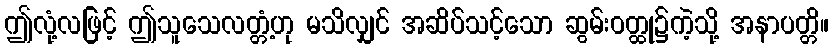
ဤလုံ့လဖြင့် ဤသူသေလတ္တံ့ဟု မသိလျှင် အဆိပ်သင့်သော ဆွမ်းဝတ္ထု၌ကဲ့သို့ အနာပတ္တိ။